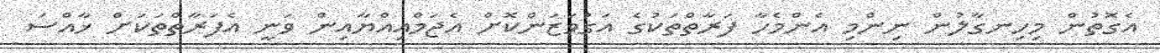
އެގޮތުން މިހިނގާލުން ނިންމި އެންމެހާ ފަރާތްތަކުގެ އަގުވަޒަންކޮށް އެޖަމްއިއްޔާއިން ވަނީ އެފަރާތްތަކަށް ޚާއްސަ